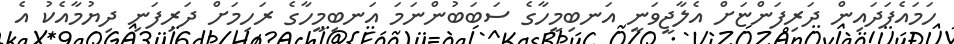
ހަމައެފަދައިން ދަރިފަންޏަށް އެލާޖީވަނީ އަނބިމީހާގެ ސަބަބުންނަމަ އަނބިމީހާގެ ރަހިމަށް ދަރިފަނި ދިޔުމާއެކު އެ